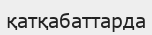
қатқабаттарда